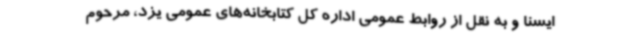
ایسنا و به نقل از روابط عمومی اداره کل کتابخانه‌های عمومی یزد، مرحوم